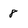
Character: 8